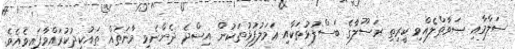
ސަލާމާއި ޞަވާތްލެއްވި ކީރިތި ރަސޫލާގެ ބަސްފުޅުތަކާއި ޢަމަލުފުޅުތަކުން އިސްދެ ދެންނެވި މާނަތައް ތައުކީދުކުރައްވާފައިވެއެވެ.